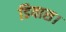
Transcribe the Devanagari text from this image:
डियास।